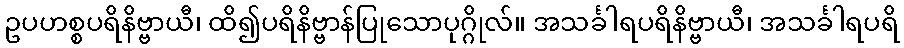
ဥပဟစ္စပရိနိဗ္ဗာယီ၊ ထိ၍ပရိနိဗ္ဗာန်ပြုသောပုဂ္ဂိုလ်။ အသင်္ခါရပရိနိဗ္ဗာယီ၊ အသင်္ခါရပရိ